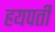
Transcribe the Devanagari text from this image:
हयपती